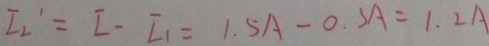
I 2 ^ { \prime } = I - I _ { 1 } = 1 . 5 A - 0 . 3 A = 1 . 2 A